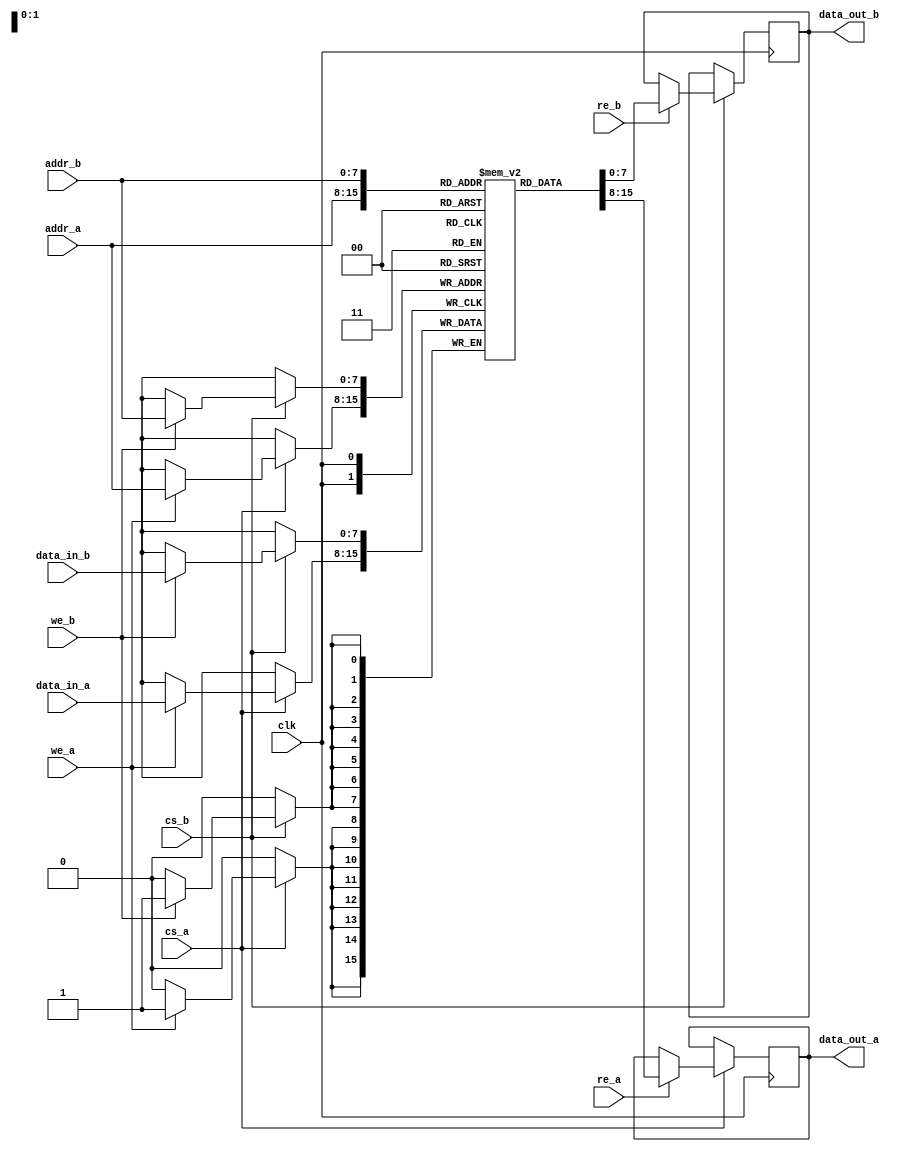
module dual_port_sram #(
    parameter ADDR_WIDTH = 8,  // Address width
    parameter DATA_WIDTH = 8   // Data width
)(
    input wire clk,             // Clock signal
    input wire cs_a,           // Chip select for Port A
    input wire we_a,           // Write enable for Port A
    input wire re_a,           // Read enable for Port A
    input wire [ADDR_WIDTH-1:0] addr_a, // Address for Port A
    input wire [DATA_WIDTH-1:0] data_in_a, // Data input for Port A
    output reg [DATA_WIDTH-1:0] data_out_a, // Data output for Port A

    input wire cs_b,           // Chip select for Port B
    input wire we_b,           // Write enable for Port B
    input wire re_b,           // Read enable for Port B
    input wire [ADDR_WIDTH-1:0] addr_b, // Address for Port B
    input wire [DATA_WIDTH-1:0] data_in_b, // Data input for Port B
    output reg [DATA_WIDTH-1:0] data_out_b  // Data output for Port B
);

    // Memory array
    reg [DATA_WIDTH-1:0] memory [(2**ADDR_WIDTH)-1:0];

    // Port A operations
    always @(posedge clk) begin
        if (cs_a) begin
            if (we_a) begin
                // Write operation for Port A
                memory[addr_a] <= data_in_a;
            end
            if (re_a) begin
                // Read operation for Port A
                data_out_a <= memory[addr_a];
            end
        end
    end

    // Port B operations
    always @(posedge clk) begin
        if (cs_b) begin
            if (we_b) begin
                // Write operation for Port B
                memory[addr_b] <= data_in_b;
            end
            if (re_b) begin
                // Read operation for Port B
                data_out_b <= memory[addr_b];
            end
        end
    end

endmodule